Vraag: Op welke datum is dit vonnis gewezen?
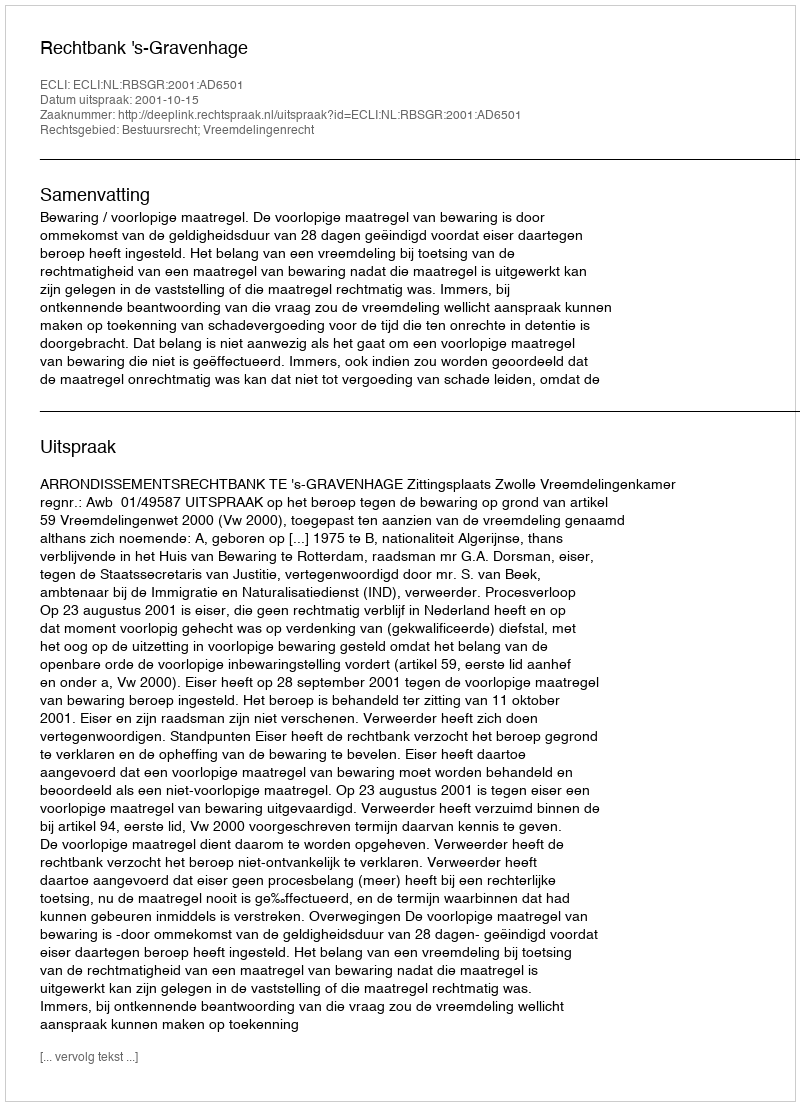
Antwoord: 2001-10-15